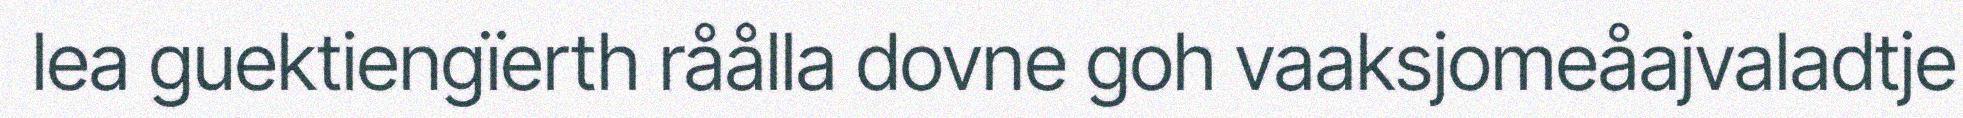
lea guektiengïerth råålla dovne goh vaaksjomeåajvaladtje